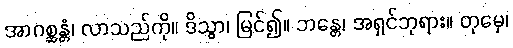
အာဂစ္ဆန္တံ၊ လာသည်ကို။ ဒိသွာ၊ မြင်၍။ ဘန္တေ၊ အရှင်ဘုရား။ တုမှေ၊